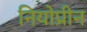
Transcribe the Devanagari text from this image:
नियोप्रीन